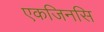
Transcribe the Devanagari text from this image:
एकजिनसि